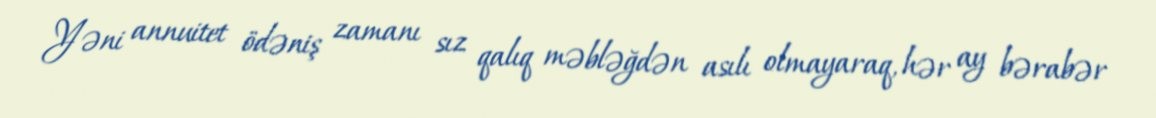
Yəni annuitet ödəniş zamanı sız qalıq məbləğdən asılı olmayaraq, hər ay bərabər